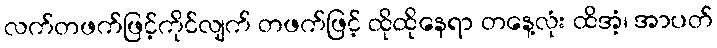
လက်တဖက်ဖြင့်ကိုင်လျက် တဖက်ဖြင့် ထိုထိုနေရာ တနေ့လုံး ထိအံ့၊ အာပတ်